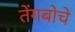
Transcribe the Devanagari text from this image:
तेंगबोचे